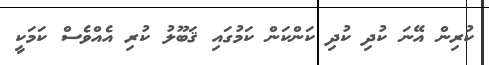
ކުރިން އޭނަ ކުދި ކުދި ކަންކަން ކަމުގައި ޤަބޫލު ކުރި އެއްވެސް ކަމަކީ